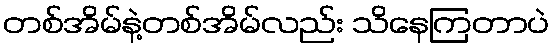
တစ်အိမ်နဲ့တစ်အိမ်လည်း သိနေကြတာပဲ